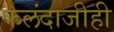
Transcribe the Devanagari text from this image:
फलंदाजीही